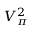
V _ { \pi } ^ { 2 }